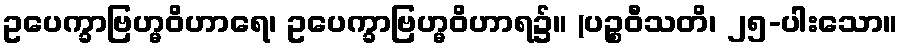
ဥပေက္ခာဗြဟ္မဝိဟာရေ၊ ဥပေက္ခာဗြဟ္မဝိဟာရ၌။ (ပဉ္စဝီသတိ၊ ၂၅-ပါးသော။